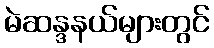
မဲဆန္ဒနယ်များတွင်